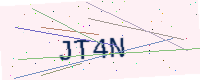
Text: JT4N